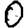
Digit: 0